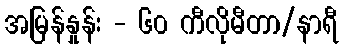
အမြန်နှုန်း - ၆၀ ကီလိုမီတာ/နာရီ